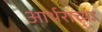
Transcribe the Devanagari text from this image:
आर्थराच्या